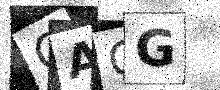
Text: OAGG